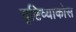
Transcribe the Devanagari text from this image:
दृष्टिव्याकोस